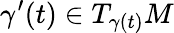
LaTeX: \gamma^{\prime}(t)\in T_{\gamma(t)}M